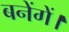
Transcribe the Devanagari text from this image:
बनेंगें।